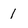
Character: 1